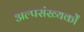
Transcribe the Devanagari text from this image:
अल्पसंख्यकोँ